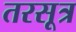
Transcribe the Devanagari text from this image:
तरसूत्र